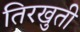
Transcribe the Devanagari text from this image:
तिरखुती